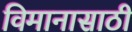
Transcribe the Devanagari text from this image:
विमानासाठी